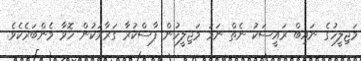
މަޖިލީހުގެ ނައިބް ރައީސަކު ނެތް ނަމަ މަޖިލީހުން ފާސްކުރާ ގަރާރަކުން ހޮވާ މެންބަރެކެވެ.